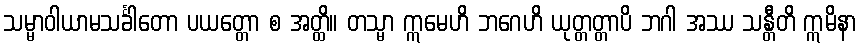
သမ္မာဝါယာမသင်္ခါတော ပယတ္တော စ အတ္ထိ။ တသ္မာ ဣမေဟိ ဘဂေဟိ ယုတ္တတ္တာပိ ဘဂါ အဿ သန္တီတိ ဣမိနာ